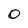
Character: O